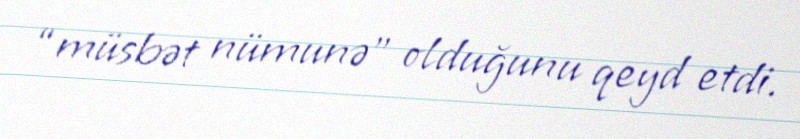
“müsbət nümunə” olduğunu qeyd etdi.